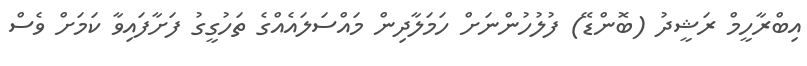
އިބްރާހީމް ރަޝީދު (ބޮންޑޭ) ފުލުހުންނަށް ހަމަލާދިން މައްސަލައެއްގެ ތަހުގީގު ފަށާފައިވާ ކަމަށް ވެސް